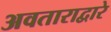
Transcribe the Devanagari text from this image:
अवताराद्वारे